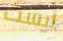
ليست